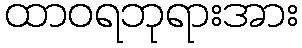
ထာဝရဘုရားအား